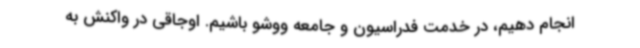
انجام دهیم، در خدمت فدراسیون و جامعه ووشو باشیم. اوجاقی در واکنش به